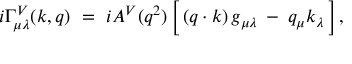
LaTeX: i \Gamma _ { \mu \lambda } ^ { V } ( k , q ) \ = \ i A ^ { V } ( q ^ { 2 } ) \, \Big [ \, ( q \cdot k ) \, g _ { \mu \lambda } \: - \: q _ { \mu } k _ { \lambda } \, \Big ] \, ,